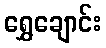
ရွှေချောင်း